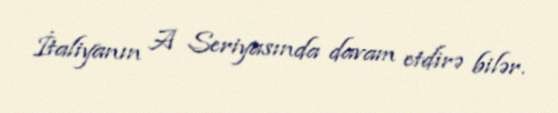
İtaliyanın A Seriyasında davam etdirə bilər.